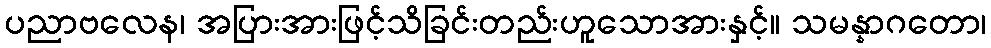
ပညာဗလေန၊ အပြားအားဖြင့်သိခြင်းတည်းဟူသောအားနှင့်။ သမန္နာဂတော၊